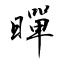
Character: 暺